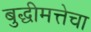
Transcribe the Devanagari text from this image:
बुद्धीमत्तेचा